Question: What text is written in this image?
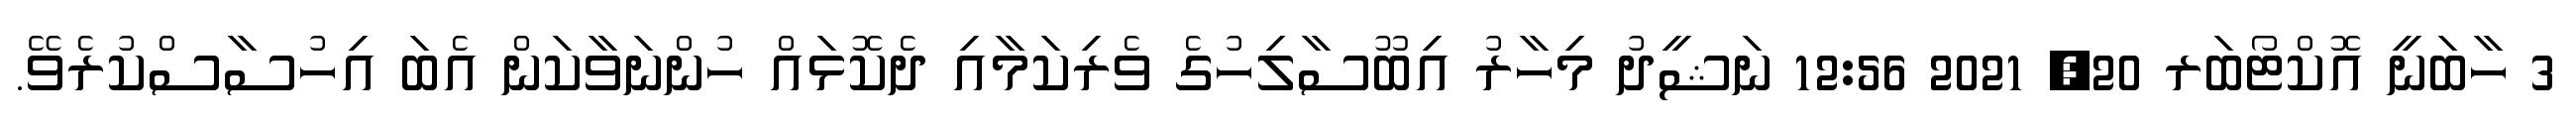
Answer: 3 ހާބަނީ އޮކްޓޯބަރ 20, 2021 12:56 ނަޝީދު މިހާރު އިބޫސާލިހުގެ ވެރިކަމާއި ދެކޮޅައް ހުންނަވާކަން އެބަ އިހުސާސްކުރެވޭ.